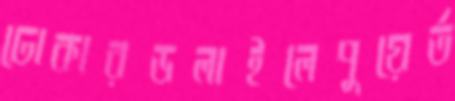
ঢোকারডলাইলেপুয়ের্ত